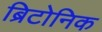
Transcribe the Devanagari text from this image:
ब्रिटोनिक